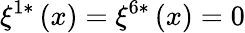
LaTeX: \xi^{1*}\left(x\right)=\xi^{6*}\left(x\right)=0